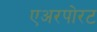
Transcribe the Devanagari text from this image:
एअरपोरट